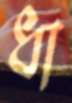
ধা